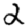
Digit: 2